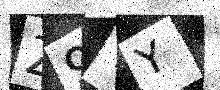
Text: Z9YY